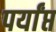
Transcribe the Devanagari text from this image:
पर्यांप्त